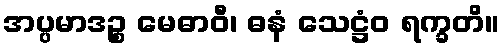
အပ္ပမာဒဉ္စ မေဓာဝီ၊ ဓနံ သေဋ္ဌံဝ ရက္ခတိ။